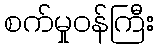
စက်မှုဝန်ကြီး